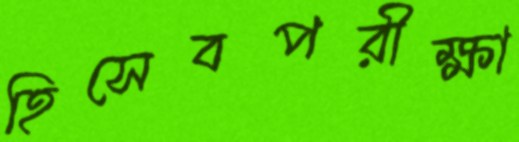
হিসেবপরীক্ষা